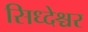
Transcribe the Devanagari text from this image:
सिध्देश्चर